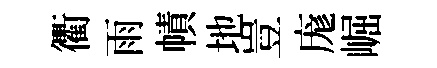
衢雨幘地豈庬崛